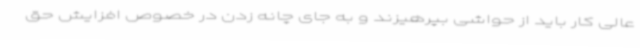
عالی کار باید از حواشی بپرهیزند و به جای چانه زدن در خصوص افزایش حق